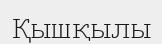
Қышқылы